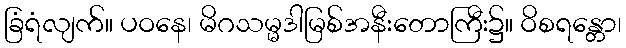
ခြံရံလျက်။ ပဝနေ၊ မိဂသမ္မဒါမြစ်အနီးတောကြီး၌။ ဝိစရန္တော၊